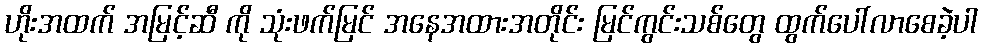
ဟိုးအထက် အမြင့်ဆီ ကို သုံးဖက်မြင် အနေအထားအတိုင်း မြင်ကွင်းသစ်တွေ ထွက်ပေါ်လာစေခဲ့ပါ